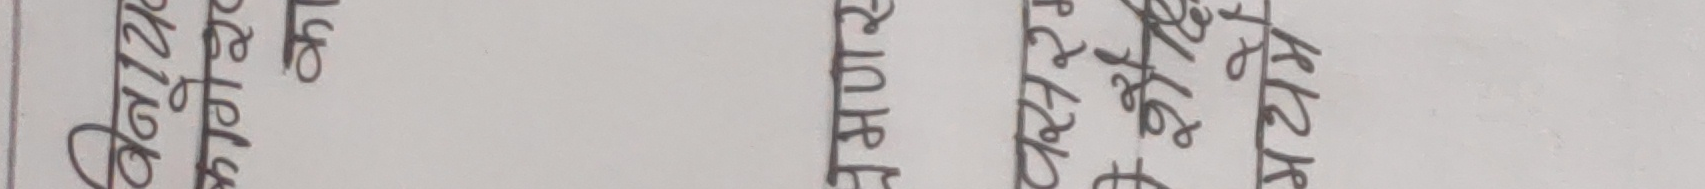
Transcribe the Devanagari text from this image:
प्रारम्भ समय घन्टा मिनेट सेकेन्ड